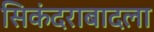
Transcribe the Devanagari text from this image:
सिकंदराबादला